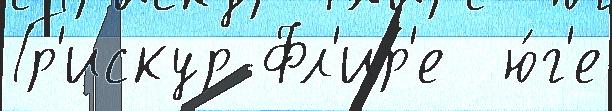
Гр'искур Фл'ир'е  ю́г'е